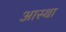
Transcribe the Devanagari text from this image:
अास्था